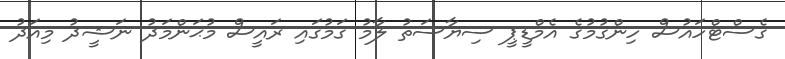
ގެސްޓްހައުސް ހިންގުމުގެ އެމްޑީޕީ ސިޔާސަތު ލާމު ގަމުގައި ރައީސް މުޙަންމަދު ނަޝީދު މިއަދު